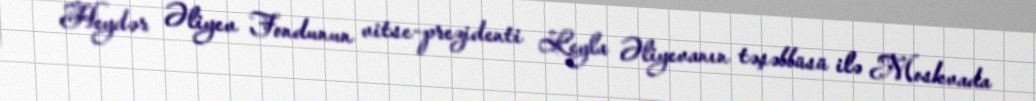
Heydər Əliyev Fondunun vitse-prezidenti Leyla Əliyevanın təşəbbüsü ilə Moskvada